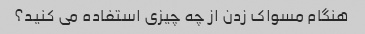
هنگام مسواک زدن از چه چیزی استفاده می کنید؟